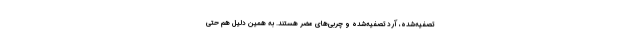
تصفیه‌شده، آرد تصفیه‌شده و چربی‌های مضر هستند. به همین دلیل هم حتی